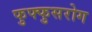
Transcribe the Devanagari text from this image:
फुफ्फुसरोग